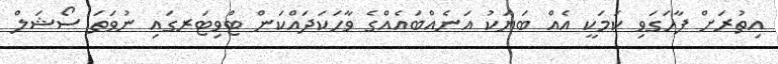
އިތުރަށް ފާހަގަވި ކަމަކީ އެއް ބަޔަކު އަނެއްބައެއްގެ ވާހަކަދައްކަން ޓްވިޓަރގައި ނުވަތަ ސޯޝަލް